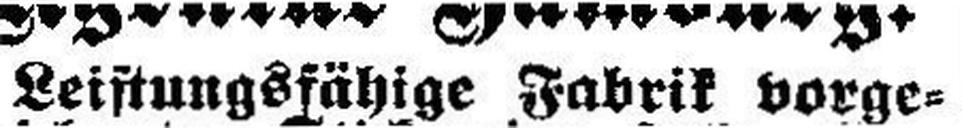
Leistungsfähige Fabrik vorge¬